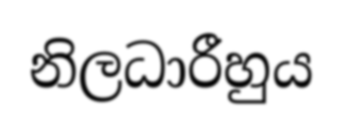
නිලධාරීහුය